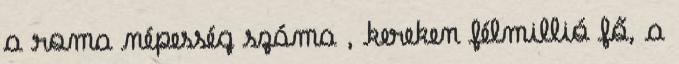
a roma népesség száma , kereken félmillió fő, a